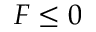
F \leq 0